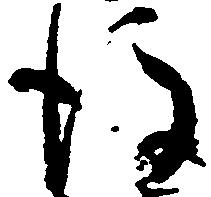
後